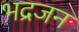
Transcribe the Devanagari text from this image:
भद्रजन